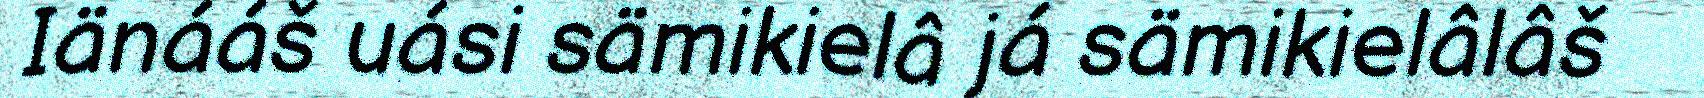
Iänááš uási sämikielâ já sämikielâlâš